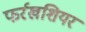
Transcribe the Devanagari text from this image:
फर्रखशियर